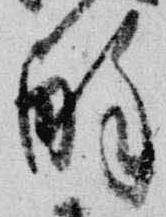
酔